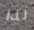
لذا